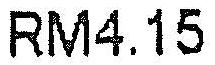
RM4.15